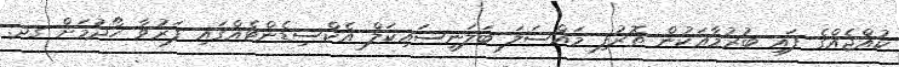
ކުއްޖެއްގެ ފައި ބުރުމާއަކުން ތޮރުފި މައްސަލަ ބަލަނީސައިކަލް އެކްސިޑެންޓެއްގައި ފަރުވާ ހޯދުމަށް ގދ.